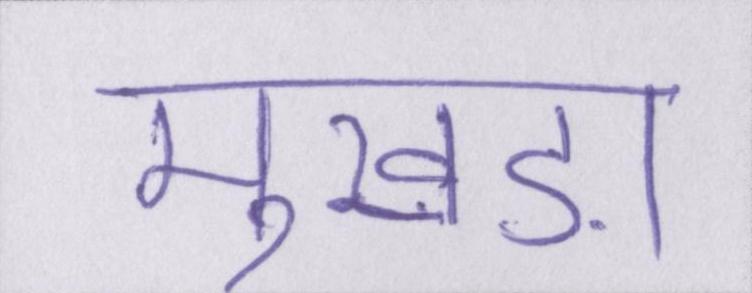
मुखड़ा